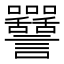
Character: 𧮥